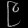
Digit: ၉